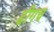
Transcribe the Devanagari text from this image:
ढीगच